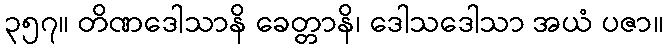
၃၅၇။ တိဏဒေါသာနိ ခေတ္တာနိ၊ ဒေါသဒေါသာ အယံ ပဇာ။